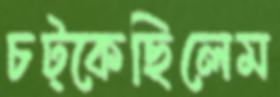
চট্‌কেছিলেম